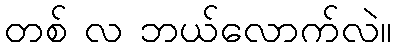
တစ် လ ဘယ်လောက်လဲ။